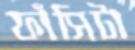
ফাঁসিটা